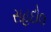
સહદોલ